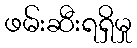
ဖမ်းဆီးရရှိမှု